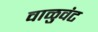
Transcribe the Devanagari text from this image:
वाळुवंट